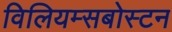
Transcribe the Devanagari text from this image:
विलियम्सबोस्टन